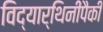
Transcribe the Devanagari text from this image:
विद्यार्थिनींपैकी